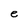
Character: e